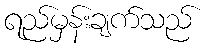
ရည်မှန်းချက်သည်